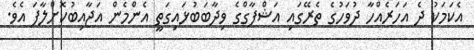
އެކަމަކު ދެ އަހަރެއްހާ ދުވަހުގެ ތެރޭގައި އަޝްފާގްގެ ވިދާބަބުޅައިގަތީ އެންމެން އަޖާއިބުކޮށްލާފަ އެވެ.